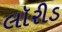
લૉરીડ